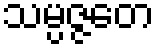
သမ္ပဇ္ဇတေ